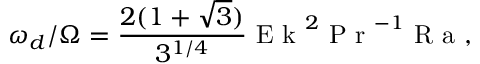
\omega _ { d } / \Omega = \frac { 2 ( 1 + \sqrt { 3 } ) } { 3 ^ { 1 / 4 } } \textrm { E k } ^ { 2 } \textrm { P r } ^ { - 1 } \textrm { R a } ,